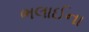
ભલાઈના